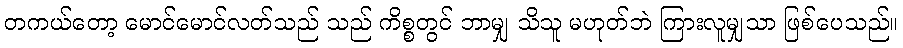
တကယ်တော့ မောင်မောင်လတ်သည် သည် ကိစ္စတွင် ဘာမျှ သိသူ မဟုတ်ဘဲ ကြားလူမျှသာ ဖြစ်ပေသည်။